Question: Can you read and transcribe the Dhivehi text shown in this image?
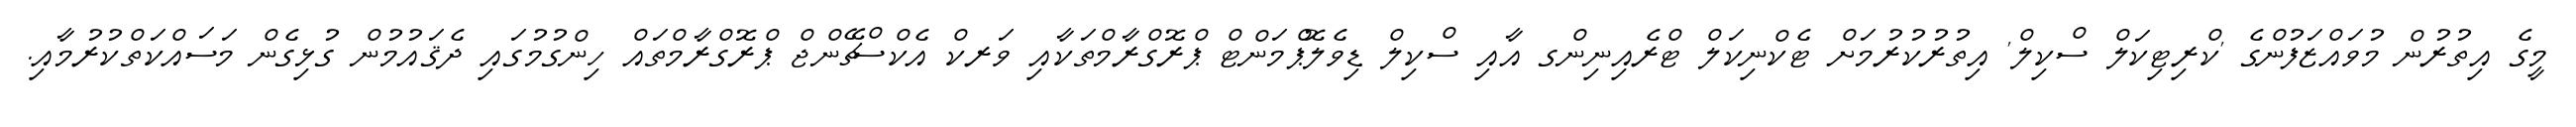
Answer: މީގެ އިތުރުން މުވައްޒަފުންގެ 'ކްރިޓިކަލް ސްކިލް' އިތުރުކުރުމަށް ޓެކްނިކަލް ޓްރެއިނިންގ އާއި ސްކިލް ޑިވެލޮޕްމަންޓް ޕްރޮގްރާމްތަކާއި ވަރކް އެކްސްޗޭންޖް ޕްރޮގްރާމްތައް ހިންގުމުގައި ދެޤައުމުން ގުޅިގެން މަސައްކަތްކުރުމާއި.